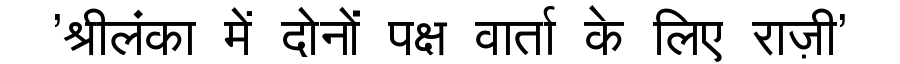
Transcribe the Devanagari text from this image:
'श्रीलंका में दोनों पक्ष वार्ता के लिए राज़ी'